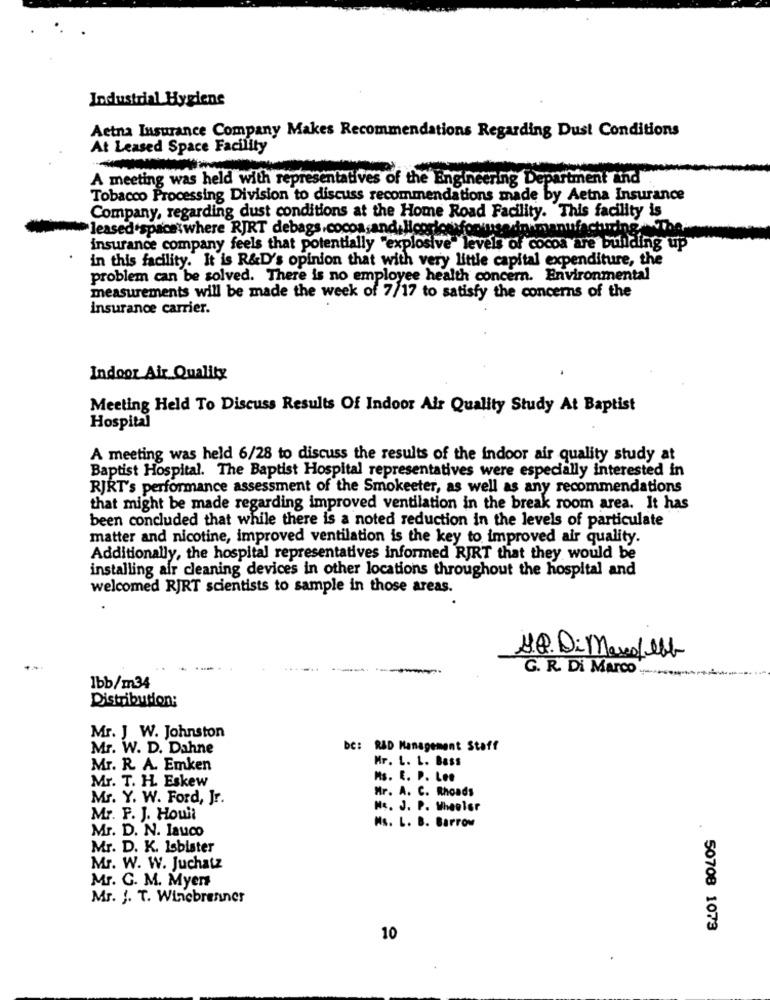
Industrial Hygiene
Aetna Insurance Company Makes Recommendations Regarding Dust Conditions
At Leased Space Facility
A meeting was held with representatives of the Engineering Department and
Tobacco Processing Division to discuss recommendations made by Aetna Insurance
Company, regarding dust conditions at the Home Road Facility. This facility is
leased'spacetwhere RJRT debags,cocoa,and,Hloorigenfor use.dowmanufacturing.The
insurance company feels that potentially "explosive" levels of cocoa are building up
in this facility. It is R&D's opinion that with very little capital expenditure, the
problem can be solved. There is no employee health concern. Environmental
measurements will be made the week of 7/17 to satisfy the concerns of the
insurance carrier.
Indoor Air Quality
Meeting Held To Discuss Results Of Indoor Air Quality Study At Baptist
Hospital
A meeting was held 6/28 to discuss the results of the indoor air quality study at
Baptist Hospital. The Baptist Hospital representatives were especially interested in
RJRT's performance assessment of the Smokeeter, as well as any recommendations
that might be made regarding improved ventilation in the break room area. It has
been concluded that while there is a noted reduction in the levels of particulate
matter and nicotine, improved ventilation is the key to improved air quality.
Additionally, the hospital representatives informed RJRT that they would be
installing air cleaning devices in other locations throughout the hospital and
welcomed RJRT scientists to sample in those areas.
G. R. Di Marco ...
1bb/m34
Distribution:
Mr. J W. Johnston
Mr. W. D. Dahne
Dc: RAD Management Staff
Mr. L. L. Bass
Mr. R. A. Emken
Mr. T. H. Eskew
Ms. E. P. Lee
Mr. A. C. Rhoads
Mr. Y. W. Ford, Jr.
No. J. P. Wheeler
Mr. P. J. Hoult
Mr. D. N. lauco
Ms. L. B. Barrow
Mr. D. K. Isbister
Mr. W. W. Juchatz
Mr. G. M. Myers
Mr. J. T. Winebrenner
. 50708 1073
10